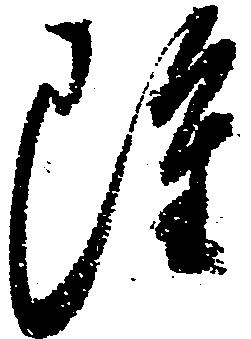
雖